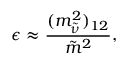
\epsilon \approx \frac { ( m _ { \tilde { \nu } } ^ { 2 } ) _ { 1 2 } } { \tilde { m } ^ { 2 } } ,